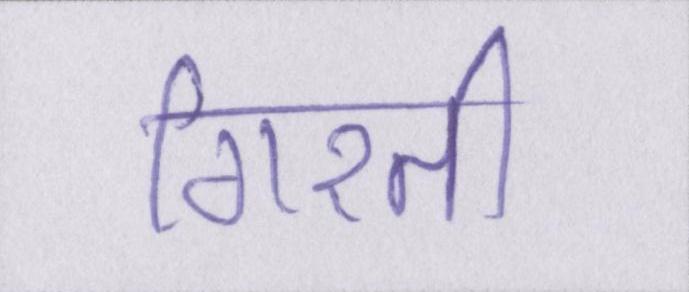
गिरती